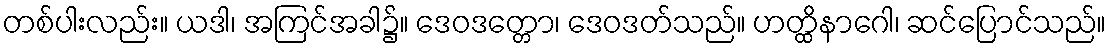
တစ်ပါးလည်း။ ယဒါ၊ အကြင်အခါ၌။ ဒေဝဒတ္တော၊ ဒေဝဒတ်သည်။ ဟတ္ထိနာဂေါ၊ ဆင်ပြောင်သည်။